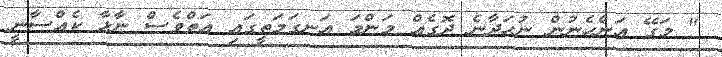
" މަގޭ އަންހެނުން ނުހަދާނެ ދޮގެއް މަންމަ އަނގަމަތީގައި އަތްވެސް ނާޅާ ކެއްސާނީ